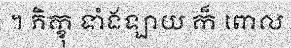
។ ភិក្ខុ ទាំងឡាយ ក៏ ពោល